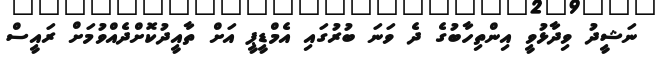
ނަޝީދު ވިދާޅުވީ އިންތިހާބުގެ ދެ ވަނަ ބުރުގައި އެމްޑީޕީ އަށް ތާއީދުކޮށްދެއްވުމަށް ރައީސް